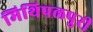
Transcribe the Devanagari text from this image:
मिथिपलपुरी